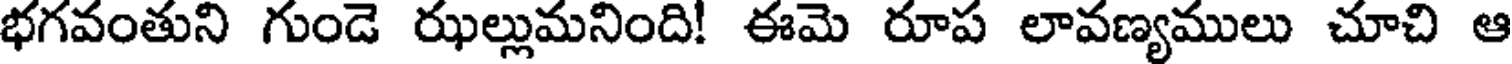
భగవంతుని గుండె రుల్లుమనింది! ఈమె రూప లావణ్యములు చూచి ఆ